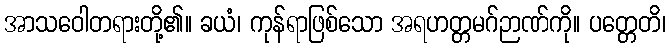
အာသဝေါတရားတို့၏။ ခယံ၊ ကုန်ရာဖြစ်သော အရဟတ္တမဂ်ဉာဏ်ကို။ ပတ္တေတိ၊